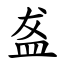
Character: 盋